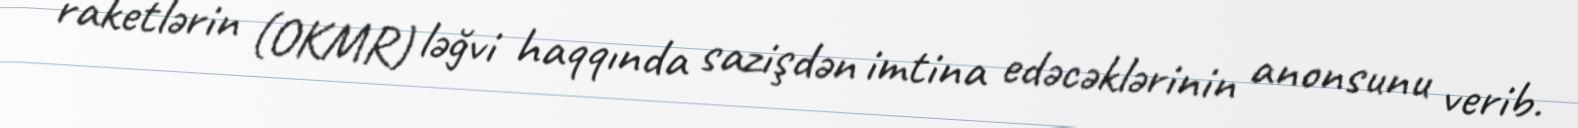
raketlərin (OKMR) ləğvi haqqında sazişdən imtina edəcəklərinin anonsunu verib.